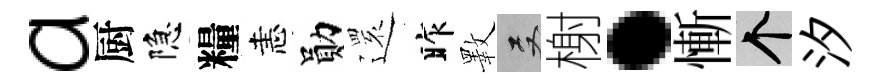
a厨隐糧恚勛𮟃昨斁双榭·慚个汐